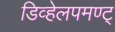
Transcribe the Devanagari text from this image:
डिव्हेलपमण्ट्